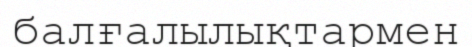
балғалылықтармен